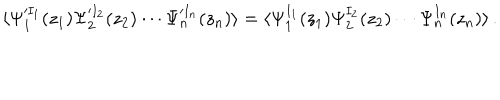
\langle \Psi _ { 1 } ^ { \prime I _ { 1 } } ( z _ { 1 } ) \Psi _ { 2 } ^ { \prime I _ { 2 } } ( z _ { 2 } ) \cdots \Psi _ { n } ^ { \prime I _ { n } } ( z _ { n } ) \rangle = \langle \Psi _ { 1 } ^ { I _ { 1 } } ( z _ { 1 } ) \Psi _ { 2 } ^ { I _ { 2 } } ( z _ { 2 } ) \cdots \Psi _ { n } ^ { I _ { n } } ( z _ { n } ) \rangle \, .